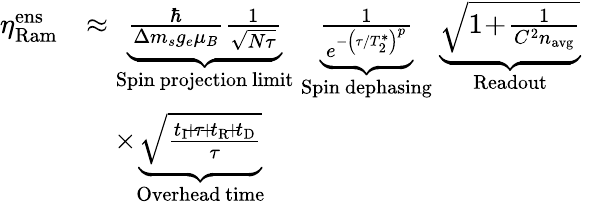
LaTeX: \begin{array}{rl}{\eta_{\mathrm{Ram}}^{\mathrm{ens}}}&{\approx\underbrace{\frac{\hbar}{\Delta m_{s}g_{e}\mu_{B}}\frac{1}{\sqrt{N\tau}}}_{\mathrm{Spin~projection~limit}}\; \underbrace{\frac{1}{e^{-\left(\tau/T_{2}^{*}\right)^{p}}}}_{\mathrm{Spin~dephasing}}\; \underbrace{\sqrt{1\! +\! \frac{1}{C^{2}n_{\mathrm{avg}}}}}_{\mathrm{Readout}}\; }\\ &{\quad\times\underbrace{\sqrt{\frac{t_{\mathrm{I}}\! +\! \tau\! +\! t_{\mathrm{R}}\! +\! t_{\mathrm{D}}}{\tau}}}_{\mathrm{Overhead~time}}}\end{array}